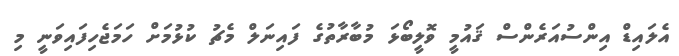
އެލައިޑް އިންސުއަރެންސް ޤައުމީ ވޮލީބޯޅަ މުބާރާތުގެ ފައިނަލް މެޗު ކުޅުމަށް ހަމަޖެހިފައިވަނީ މި